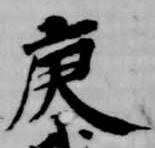
庚